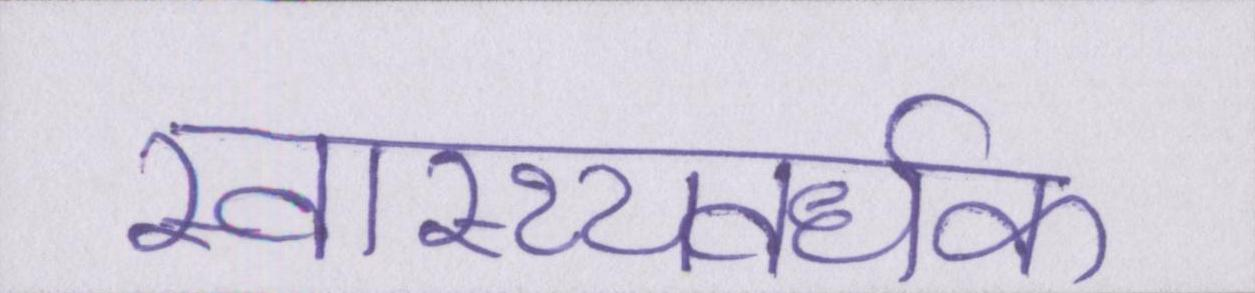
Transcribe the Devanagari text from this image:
स्वास्थ्यवर्धक